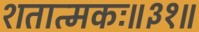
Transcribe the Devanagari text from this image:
शतात्मकः॥३१॥